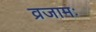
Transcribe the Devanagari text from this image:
व्रजामः